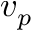
v _ { p }